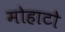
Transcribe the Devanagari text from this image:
मोहाटो